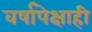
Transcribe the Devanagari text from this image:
वर्षापेक्षाही